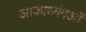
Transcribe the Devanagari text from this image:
आकाध्गंगओं